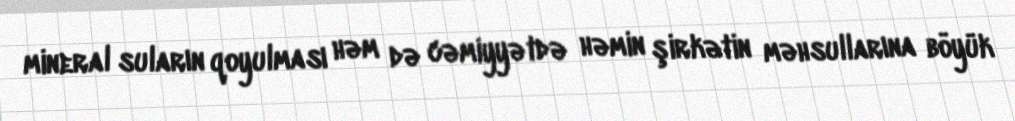
mineral suların qoyulması həm də cəmiyyətdə həmin şirkətin məhsullarına böyük